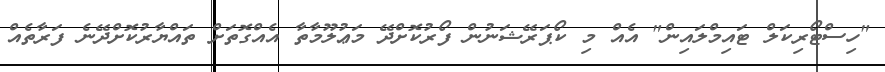
"ހިސްޓޯރިކަލް ޓައިމްލައިން" އެއް މި ކޯޕަރޭޝަނުން ފޯރުކޮށްދޭ މަޢުލޫމާތާ އެއްގޮތަށް ތައްޔާރުކޮށްދޭނެ ފަރާތެއް